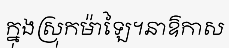
ក្នុងស្រុកម៉ាឡៃ។នាឱកាស